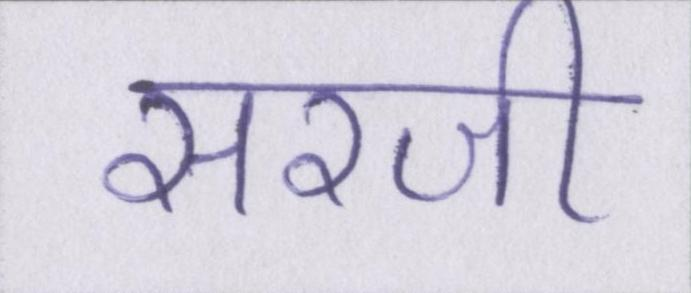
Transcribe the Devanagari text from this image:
सरजी